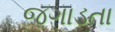
જગાડતા